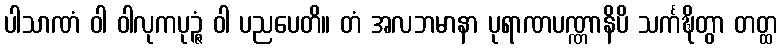
ပါသာဏံ ဝါ ဝါလုကပုဉ္ဇံ ဝါ ပညပေတိ။ တံ အလဘမာနာ ပုရာဏပဏ္ဏာနိပိ သင်္ကဍ္ဎိတွာ တတ္ထ